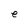
Character: e